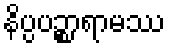
နိပ္ပပဉ္စာရာမဿ